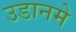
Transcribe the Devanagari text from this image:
उडानमे